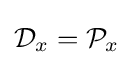
{\mathcal {D}}_{x}={\mathcal {P}}_{x}